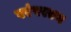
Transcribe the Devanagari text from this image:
परंपरएन